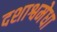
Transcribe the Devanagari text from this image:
दशाश्वमेधा